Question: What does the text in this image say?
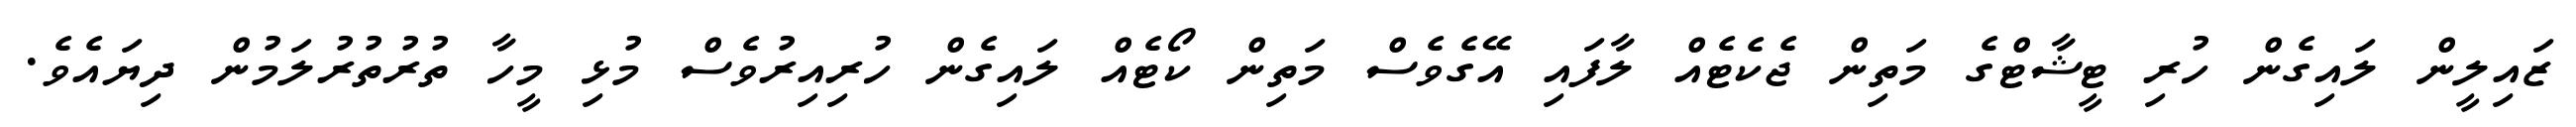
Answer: ޒައިލީން ލައިގެން ހުރި ޓީޝާޓްގެ މަތިން ޖެކެޓެއް ލާފައި އޭގެވެސް މަތިން ކޯޓެއް ލައިގެން ހުރިއިރުވެސް މުޅި މީހާ ތުރުތުރުލަމުން ދިޔައެވެ.